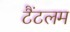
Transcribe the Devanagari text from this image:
टैंटलम